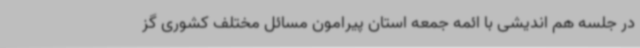
در جلسه هم اندیشی با ائمه جمعه استان پیرامون مسائل مختلف کشوری گز